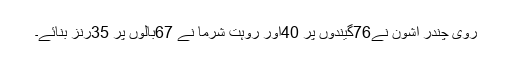
روی چندر اشون نے76گیندوں پر 40اور روہت شرما نے 67بالوں پر 35رنز بنائے۔